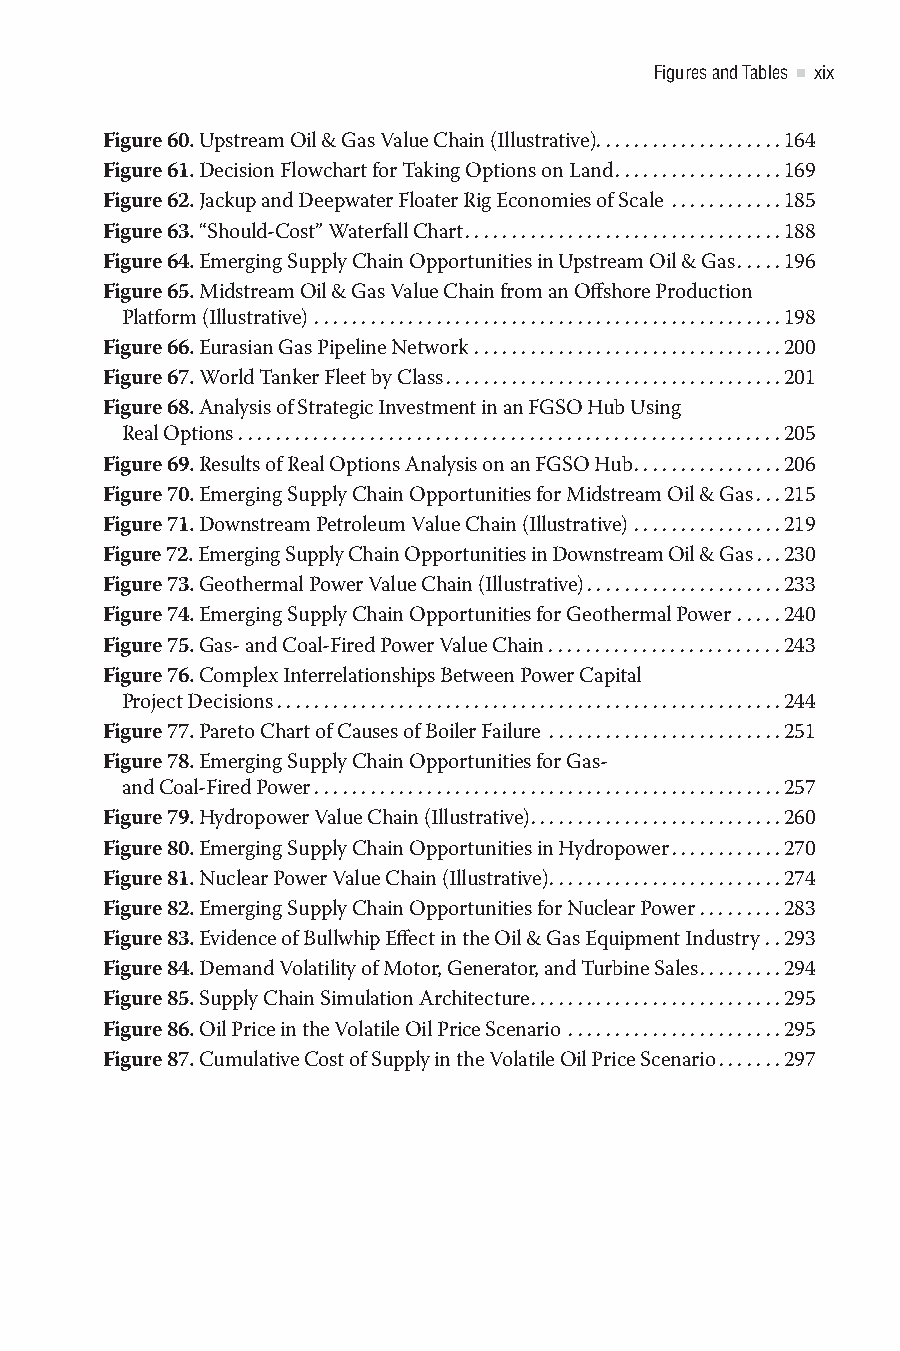
Figures and Tables xix
 Figure 60. Upstream Oil & Gas Value Chain (Illustrative)....................164
 Figure 61. Decision Flowchart for Taking Options on Land..................169
 Figure 62. Jackup and Deepwater Floater Rig Economies of Scale ............185
 Figure 63. “Should-Cost” Waterfall Chart..................................188
 Figure 64. Emerging Supply Chain Opportunities in Upstream Oil & Gas.....196
 Figure 65. Midstream Oil & Gas Value Chain from an Offshore Production
 Platform (Illustrative) ..................................................198
 Figure 66. Eurasian Gas Pipeline Network .................................200
 Figure 67. World Tanker Fleet by Class....................................201
 Figure 68. Analysis of Strategic Investment in an FGSO Hub Using
 Real Options . . . . . . . . . . . . . . . . . . . . . . . . . . . . . . . . . . . . . . . . . . . . . . . . . . . . . . . . . .205
 Figure 69. Results of Real Options Analysis on an FGSO Hub................206
 Figure 70. Emerging Supply Chain Opportunities for Midstream Oil & Gas...215
 Figure 71. Downstream Petroleum Value Chain (Illustrative) ................219
 Figure 72. Emerging Supply Chain Opportunities in Downstream Oil & Gas...230
 Figure 73. Geothermal Power Value Chain (Illustrative).....................233
 Figure 74. Emerging Supply Chain Opportunities for Geothermal Power .....240
 Figure 75. Gas- and Coal-Fired Power Value Chain . . . . . . . . . . . . . . . . . . . . . . . . .243
 Figure 76. Complex Interrelationships Between Power Capital
 Project Decisions......................................................244
 Figure 77. Pareto Chart of Causes of Boiler Failure .........................251
 Figure 78. Emerging Supply Chain Opportunities for Gas-
 and Coal-Fired Power..................................................257
 Figure 79. Hydropower Value Chain (Illustrative)...........................260
 Figure 80. Emerging Supply Chain Opportunities in Hydropower............270
 Figure 81. Nuclear Power Value Chain (Illustrative).........................274
 Figure 82. Emerging Supply Chain Opportunities for Nuclear Power .........283
 Figure 83. Evidence of Bullwhip Effect in the Oil & Gas Equipment Industry ..293
 Figure 84. Demand Volatility of Motor, Generator, and Turbine Sales.........294
 Figure 85. Supply Chain Simulation Architecture...........................295
 Figure 86. Oil Price in the Volatile Oil Price Scenario .......................295
 Figure 87. Cumulative Cost of Supply in the Volatile Oil Price Scenario.......297
 365522YQS_ENERGY_CC2019_pc.indd 19                09/08/2021 09:52:34